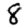
Digit: 8